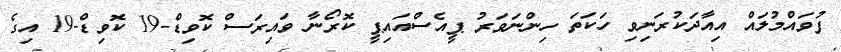
ފުވައްމުލައް އިއާދަކުރަނިވި ހަކަތަ ހިންނަވަރު ޕީއެސްއައިޕީ ކޮރޯނާ ވައިރަސް ކޮވިޑް-19 ކޮވިޑް-19 އިގެ